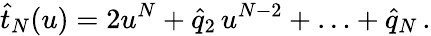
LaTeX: \widehat t_{N}(u)=2u^{N}+\widehat q_{2}\, u^{N-2}+\ldots+\widehat q_{N}\, .